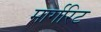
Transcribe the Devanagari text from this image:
मार्गरिट